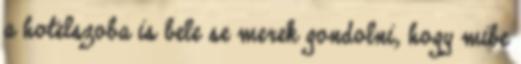
a hotelszoba is bele se merek gondolni, hogy mibe